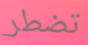
تضطر